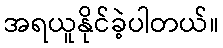
အရယူနိုင်ခဲ့ပါတယ်။